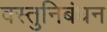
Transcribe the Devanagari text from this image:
वस्तुनिबंधन